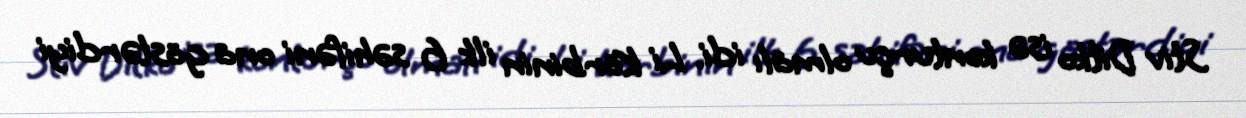
Stiv Ditko isə konturçu olmalı idi. Li Körbinin ilk 6 səhifəni ona göstərdiyi